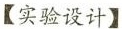
【实验设计】